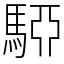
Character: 𩤷